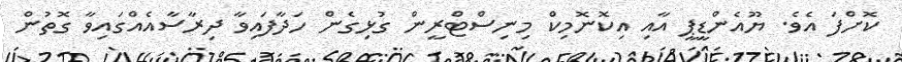
ކޮށްފަ އެވެ. ޔޫއެންޑީޕީ އާއި އިކޮނޮމިކް މިނިސްޓްރީން ގުޅިގެން ހަދާފައިވާ ދިރާސާއެއްގައިވާ ގޮތުން